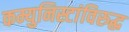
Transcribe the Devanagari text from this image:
कम्युनिस्टांविरुद्ध